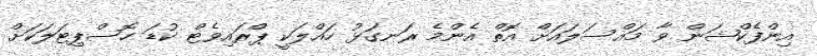
އިންފެކްޝަން ވާ މައްސަލައަށް އޮތް އެންމެ ރަނގަޅު ހައްލަކީ ޕްރައިވެޓް ކުޑަ ހޮސްޕިޓަލަކަށް